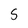
Character: 5